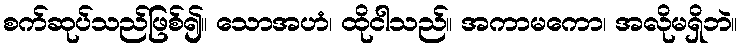
စက်ဆုပ်သည်ဖြစ်၍။ သောအဟံ၊ ထိုငါသည်။ အကာမကော၊ အလိုမရှိဘဲ။